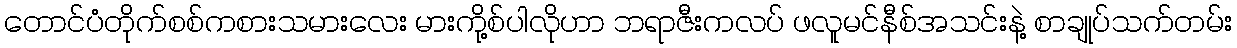
တောင်ပံတိုက်စစ်ကစားသမားလေး မားကို့စ်ပါလိုဟာ ဘရာဇီးကလပ် ဖလူမင်နီစ်အသင်းနဲ့ စာချုပ်သက်တမ်း